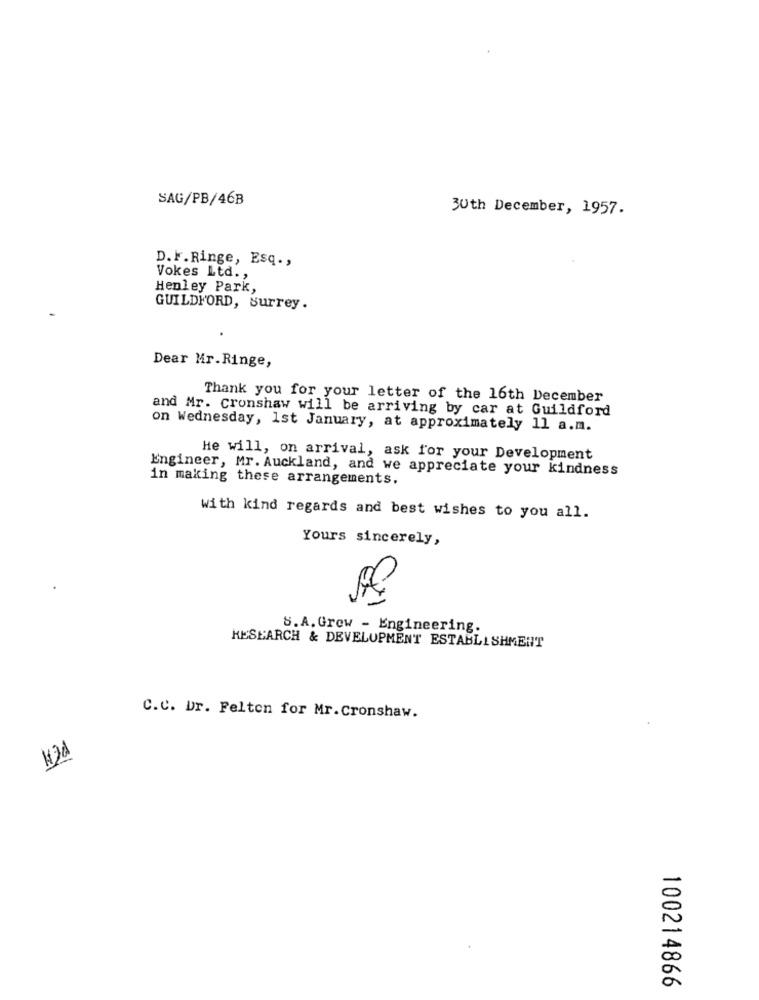
SAG/PB/46B
30th December, 1957.
D.F.Ringe, Esq .,
Vokes Ltd. ,
Henley Park,
GUILDFORD, Surrey.
Dear Mr.Ringe,
Thank you for your letter of the 16th December
and Mr. cronshaw will be arriving by car at Guildford
on Wednesday, 1st January, at approximately 11 a.m.
He will, on arrival, ask for your Development
Engineer, Mr. Auckland, and we appreciate your kindness
in making these arrangements.
with kind regards and best wishes to you all.
Yours sincerely,
S.A. Grew - Engineering.
RESEARCH & DEVELOPMENT ESTABLISHMENT
C.C. Dr. Felton for Mr.Cronshaw.
13A
100214866